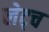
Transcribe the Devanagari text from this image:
लेट्च